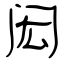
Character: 闳